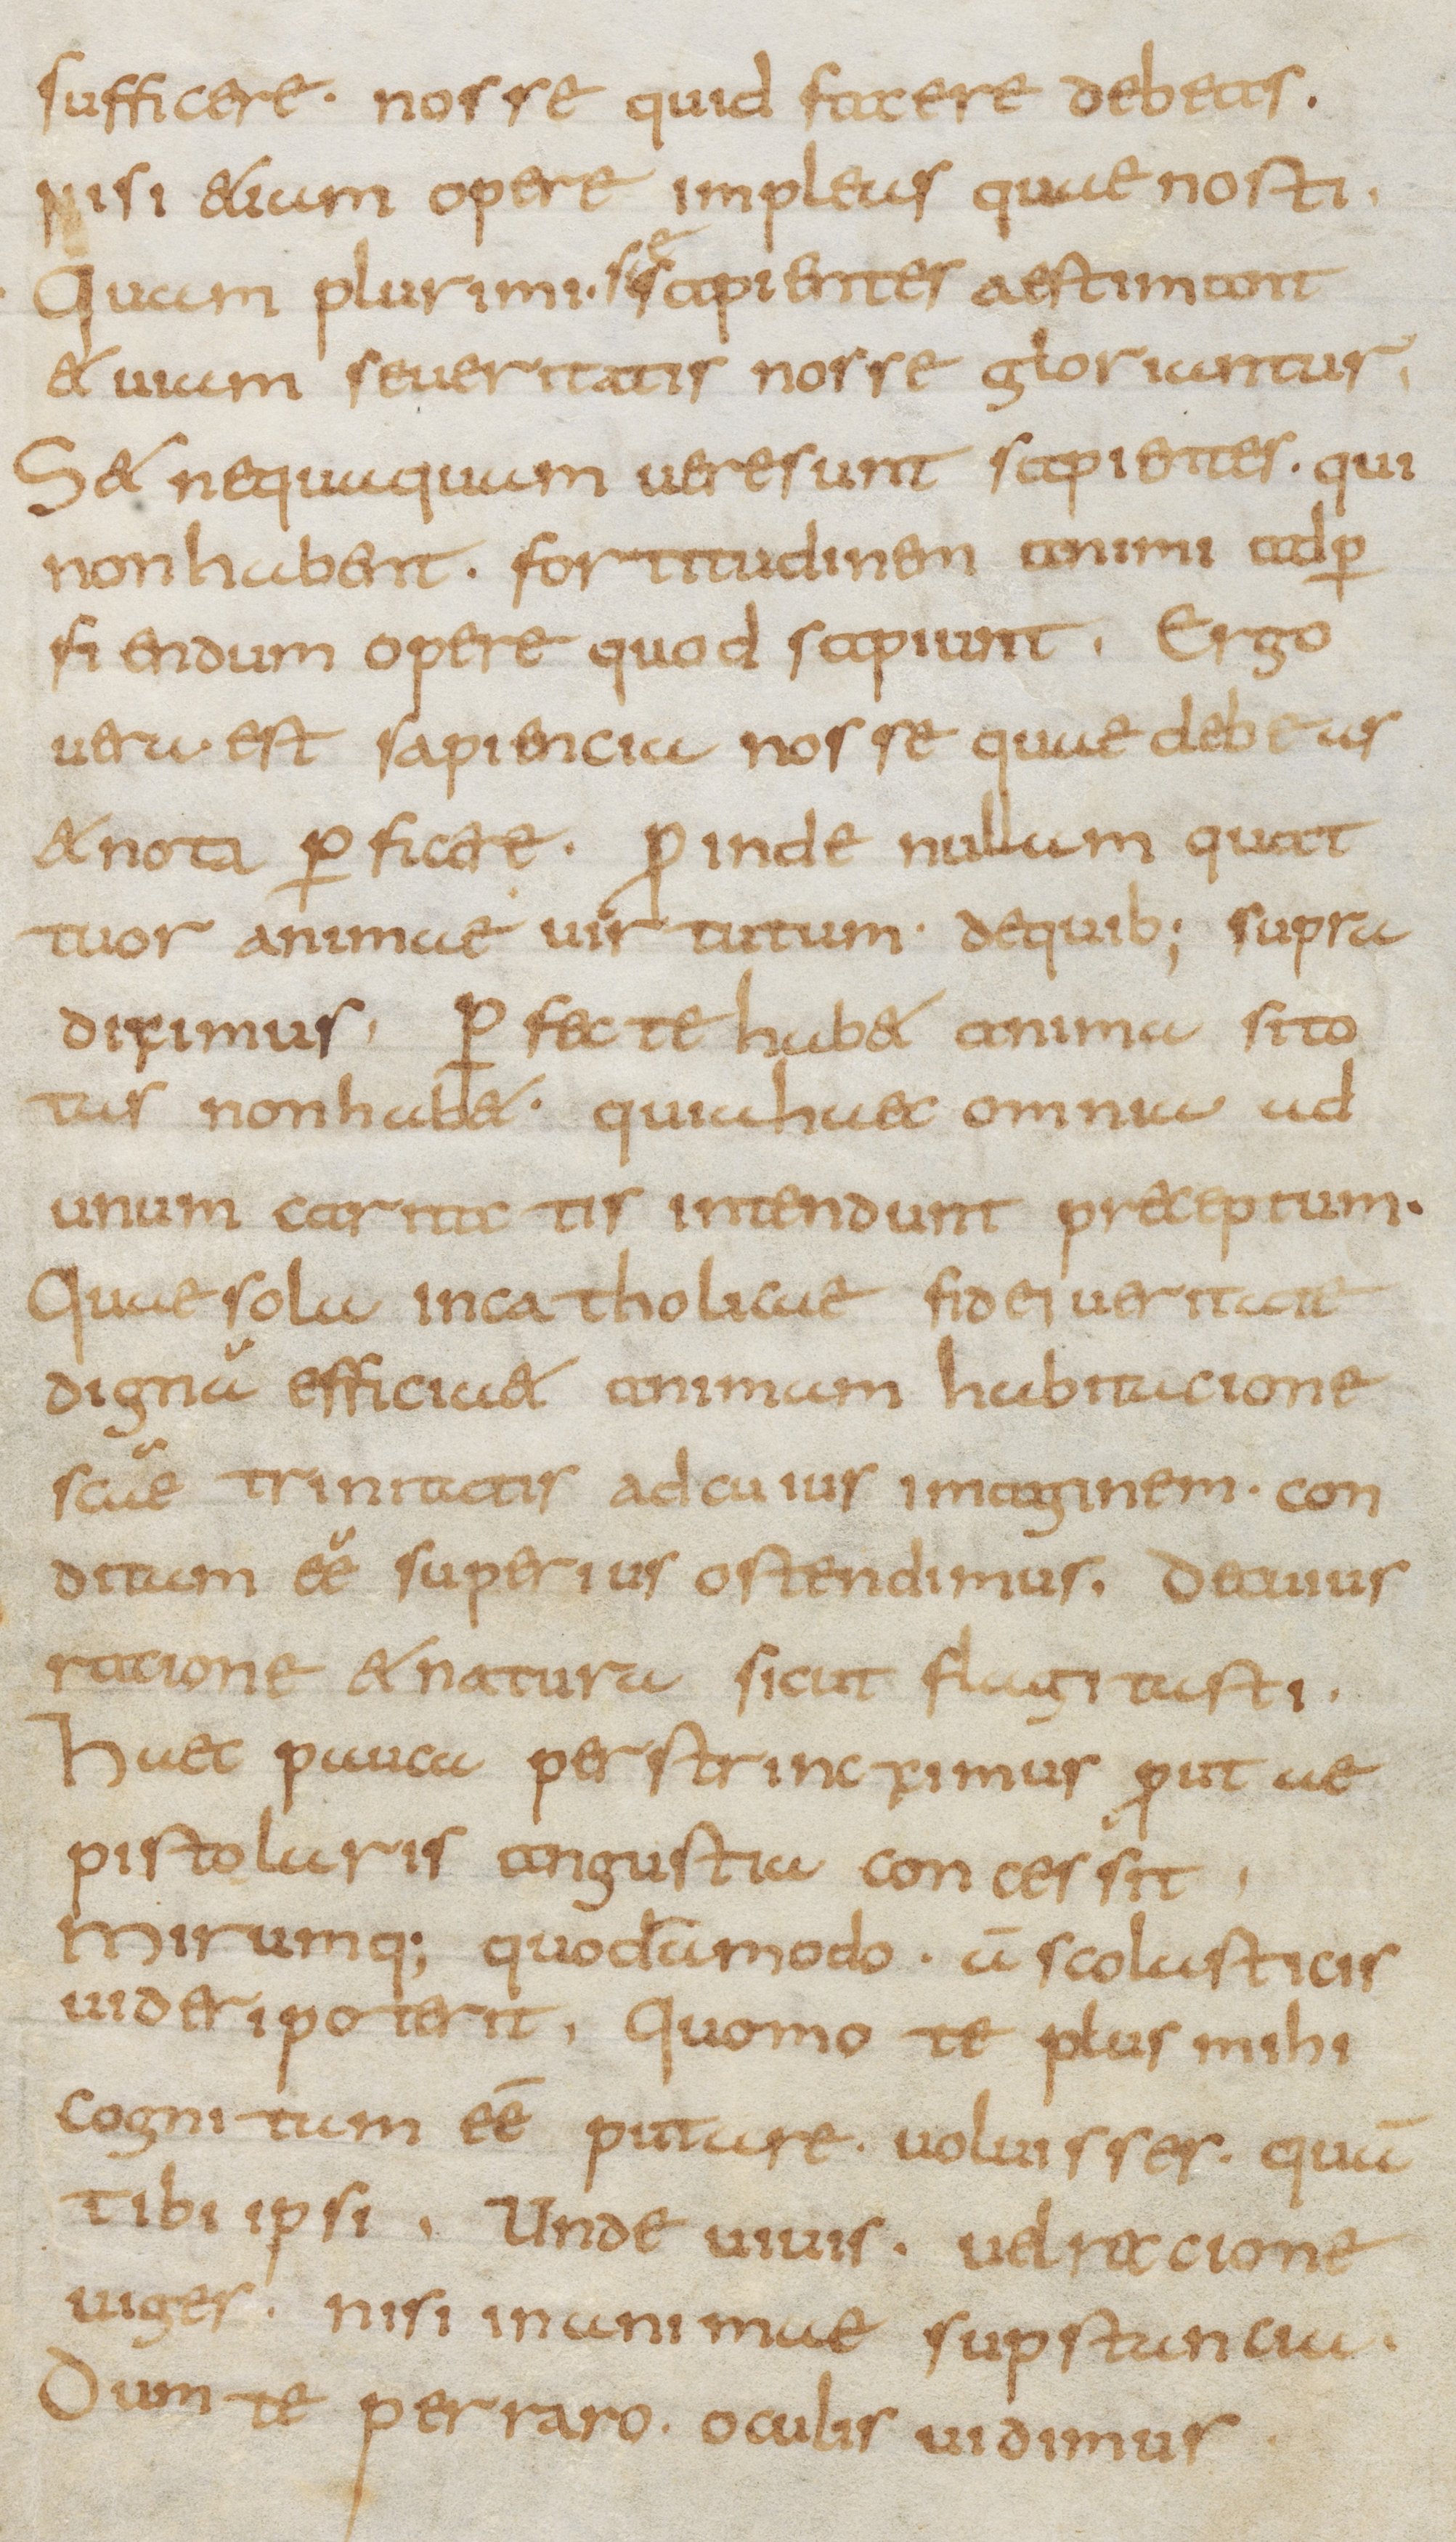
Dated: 800–899